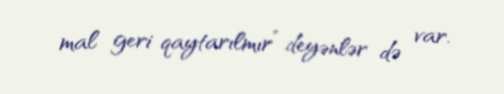
mal geri qaytarılmır” deyənlər də var.